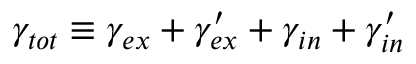
\gamma _ { t o t } \equiv \gamma _ { e x } + \gamma _ { e x } ^ { \prime } + \gamma _ { i n } + \gamma _ { i n } ^ { \prime }